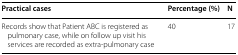
<table><thead><tr><td><b>Practical cases</b></td><td><b>Percentage (%)</b></td><td><b>N</b></td></tr></thead><tbody><tr><td>Records show that Patient ABC is registered as pulmonary case, while on follow up visit his services are recorded as extra-pulmonary case</td><td>40</td><td>17</td></tr></tbody></table>